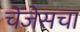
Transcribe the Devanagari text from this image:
चेंजेसचा